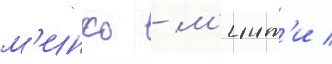
м'инко - м'инт'и /